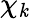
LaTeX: \chi_{\mathit{k}}